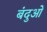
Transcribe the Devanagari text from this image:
बंदुओं